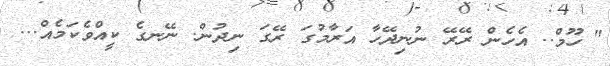
" ހޫމް.. އެހެން ރޭރޭ ނުނިދޭހާ އަރާމުގަ ރޭގަ ނިދުން. ނޭނގެ ކީއްވެކަމެއް...